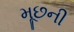
મૂછની